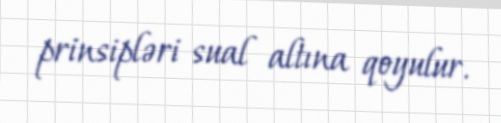
prinsipləri sual altına qoyulur.